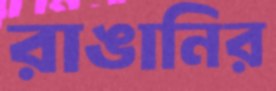
রাঙানির